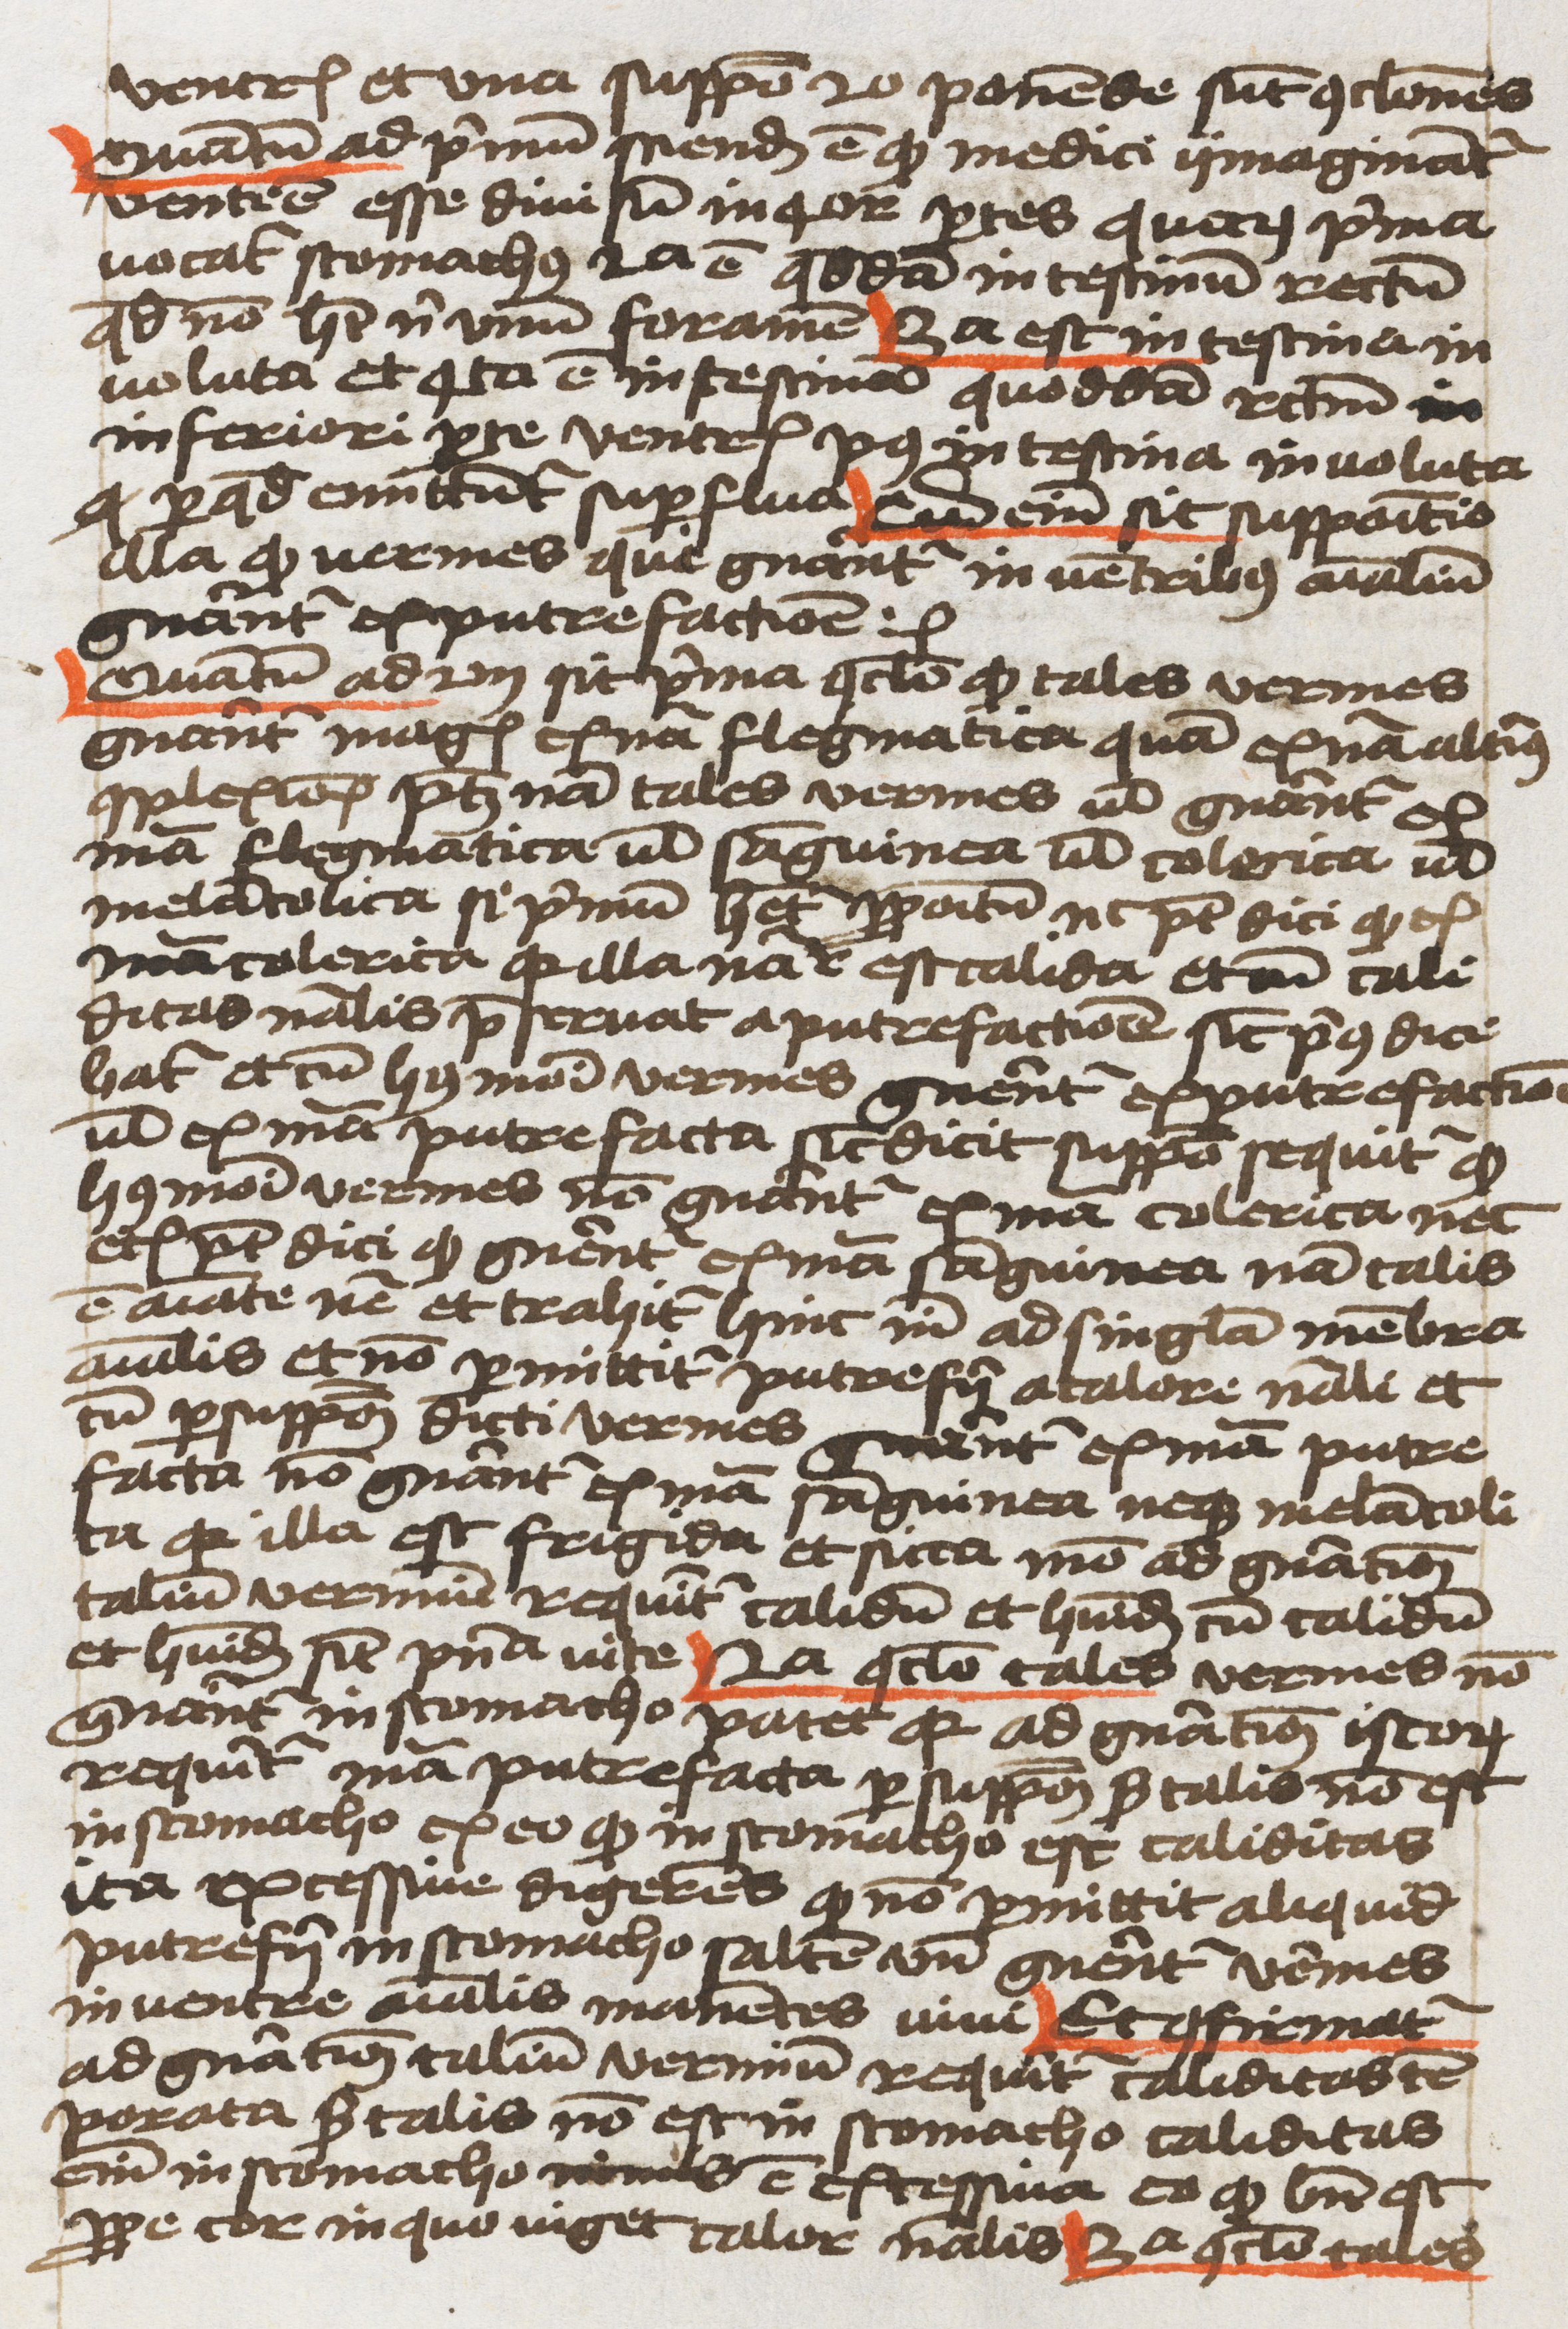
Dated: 1459–1459